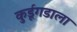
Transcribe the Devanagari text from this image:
कुर्डूगडाला